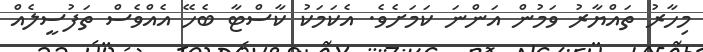
މިހާރު ތައްޔާރު ވަމުން އަންނަ ކަމަށެވެ. އެކަމަކު ކާސްޓާ ބެހޭ އެއްވެސް ތަފުސީލެއް